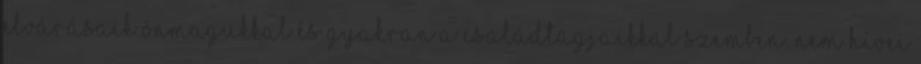
elvárásaik önmagukkal és gyakran a családtagjaikkal szemben. Nem hívei